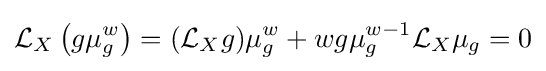
{\mathcal {L}}_{X}\left(g\mu _{g}^{w}\right)=({\mathcal {L}}_{X}g)\mu _{g}^{w}+wg\mu _{g}^{w-1}{\mathcal {L}}_{X}\mu _{g}=0